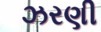
ઝરણી